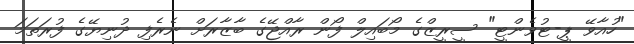
"ހުއާވޭ ޕީ-ޓުވެންޓީ" ސީރީޒްގެ މޯބައިލް ފޯން ރާއްޖޭގެ ބާޒާރަށް ނެރެފި ދުނިޔޭގެ ފުރަތަމަ